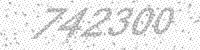
Solution: 742300